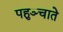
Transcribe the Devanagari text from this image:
पहुञ्चाते